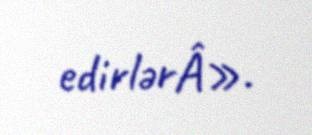
edirlərÂ».